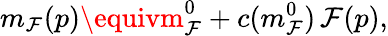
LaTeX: m_{\mathcal{F}}(p)\equivm_{\mathcal{F}}^{0}+c(m_{\mathcal{F}}^{0})\, \mathcal{F}(p),